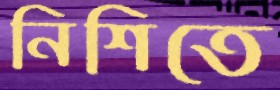
নিশিতে